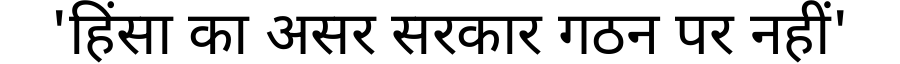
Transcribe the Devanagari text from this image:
'हिंसा का असर सरकार गठन पर नहीं'